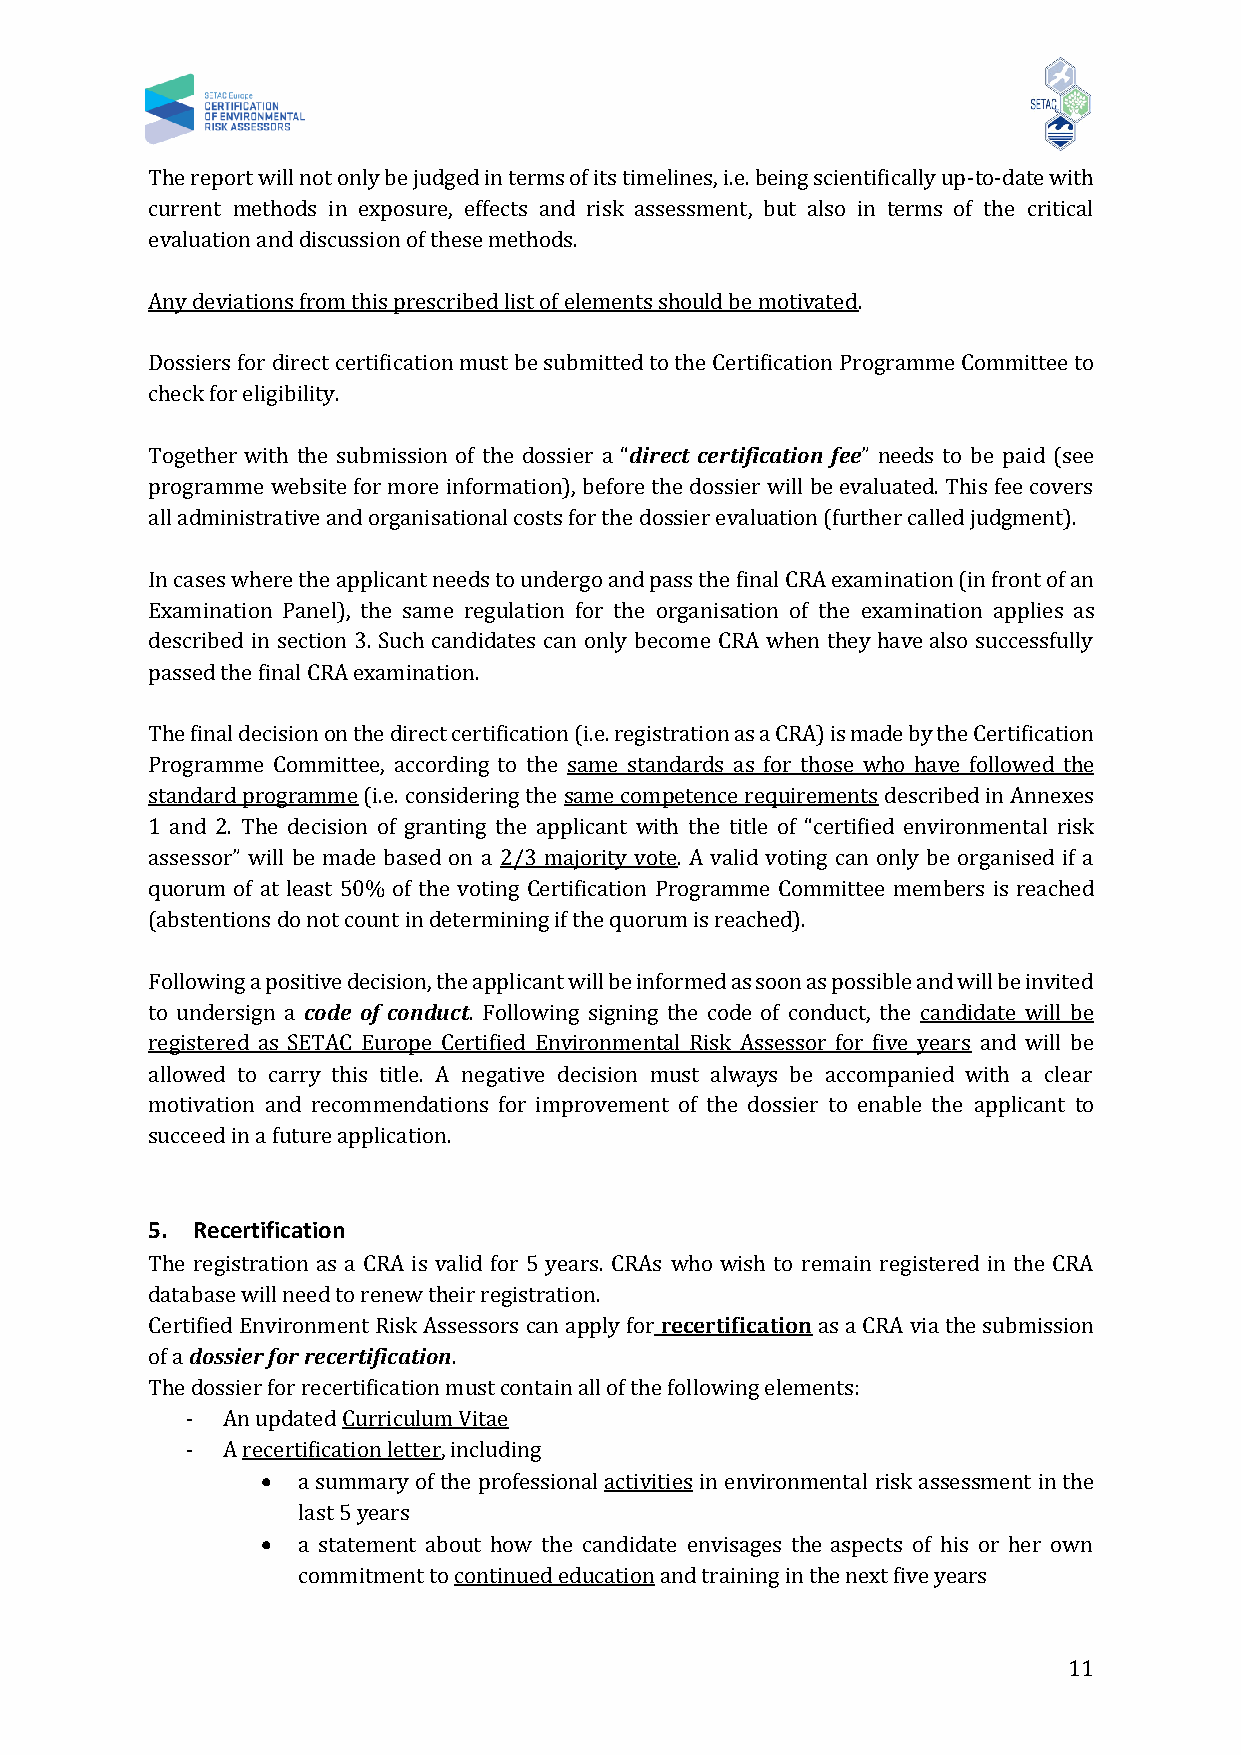
The report will not only be judged in terms of its timelines, i.e. being scientifically up-to-date with
 current methods in exposure, effects and risk assessment, but also in terms of the critical
 evaluation and discussion of these methods.
 Any deviations from this prescribed list of elements should be motivated.
 Dossiers for direct certification must be submitted to the Certification Programme Committee to
 check for eligibility.
 Together with the submission of the dossier a “direct certification fee” needs to be paid (see
 programme website for more information), before the dossier will be evaluated. This fee covers
 all administrative and organisational costs for the dossier evaluation (further called judgment).
 In cases where the applicant needs to undergo and pass the final CRA examination (in front of an
 Examination Panel), the same regulation for the organisation of the examination applies as
 described in section 3. Such candidates can only become CRA when they have also successfully
 passed the final CRA examination.
 The final decision on the direct certification (i.e. registration as a CRA) is made by the Certification
 Programme Committee, according to the same standards as for those who have followed the
 standard programme (i.e. considering the same competence requirements described in Annexes
 1 and 2. The decision of granting the applicant with the title of “certified environmental risk
 assessor” will be made based on a 2/3 majority vote. A valid voting can only be organised if a
 quorum of at least 50% of the voting Certification Programme Committee members is reached
 (abstentions do not count in determining if the quorum is reached).
 Following a positive decision, the applicant will be informed as soon as possible and will be invited
 to undersign a code of conduct. Following signing the code of conduct, the candidate will be
 registered as SETAC Europe Certified Environmental Risk Assessor for five years and will be
 allowed to carry this title. A negative decision must always be accompanied with a clear
 motivation and recommendations for improvement of the dossier to enable the applicant to
 succeed in a future application.
 5. Recertification
 The registration as a CRA is valid for 5 years. CRAs who wish to remain registered in the CRA
 database will need to renew their registration.
 Certified Environment Risk Assessors can apply for recertification as a CRA via the submission
 of a dossier for recertification.
 The dossier for recertification must contain all of the following elements:
 -  An updated Curriculum Vitae
 -  A recertification letter, including
 •  a summary of the professional activities in environmental risk assessment in the
 last 5 years
 •  a statement about how the candidate envisages the aspects of his or her own
 commitment to continued education and training in the next five years
 11